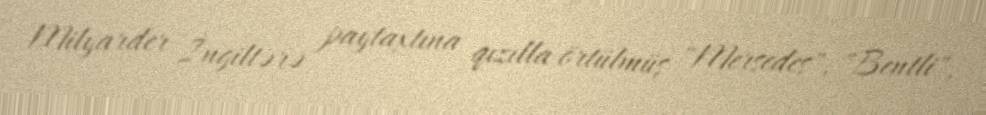
Milyarder İngiltərə paytaxtına qızılla örtülmüş "Mersedes", "Bentli",